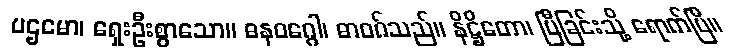
ပဌမော၊ ရှေးဦးစွာသော။ ဓနဝဂ္ဂေါ၊ ဓာဝဂ်သည်။ နိဋ္ဌိတော၊ ပြီခြင်းသို့ ရောက်ပြီ။